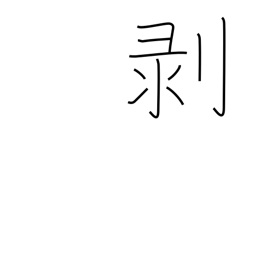
Meaning: come off